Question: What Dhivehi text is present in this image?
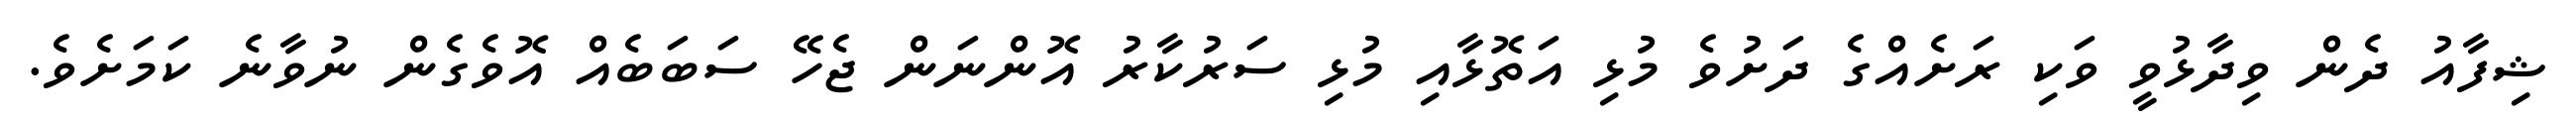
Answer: ޝިފާއު ދެން ވިދާޅުވީ ވަކި ރަށެއްގެ ދަށުވެ މުޅި އަތޮޅާއި މުޅި ސަރުކާރު އޮންނަން ޖެހޭ ސަބަބެއް އޮވެގެން ނުވާނެ ކަމަށެވެ.